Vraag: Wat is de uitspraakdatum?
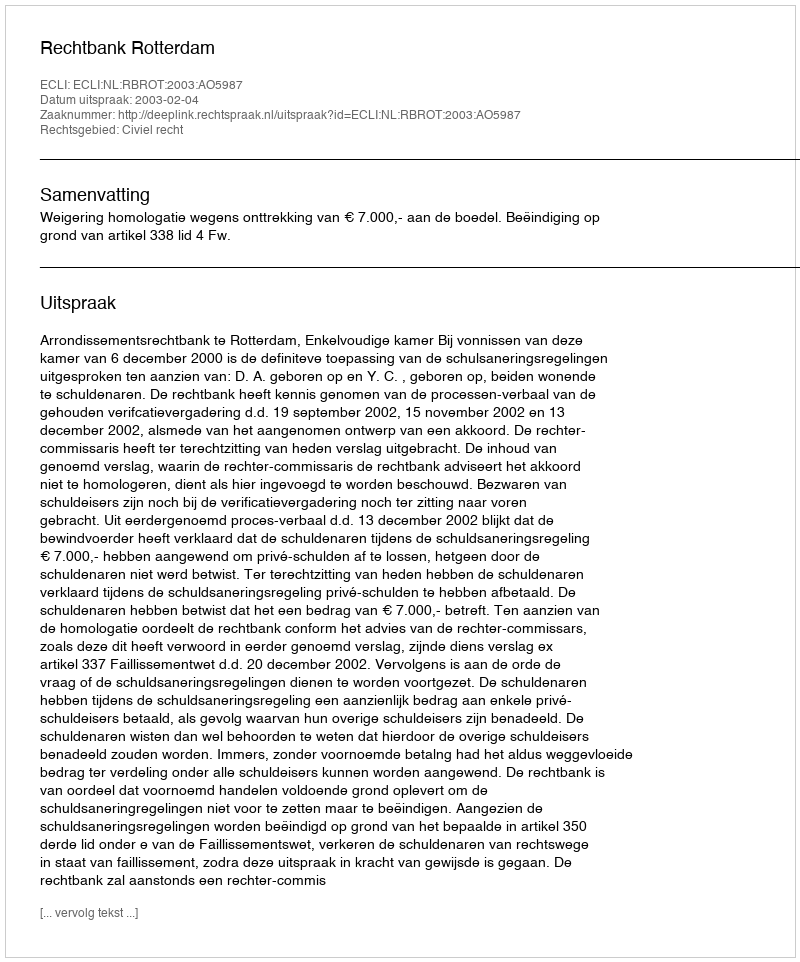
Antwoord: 2003-02-04